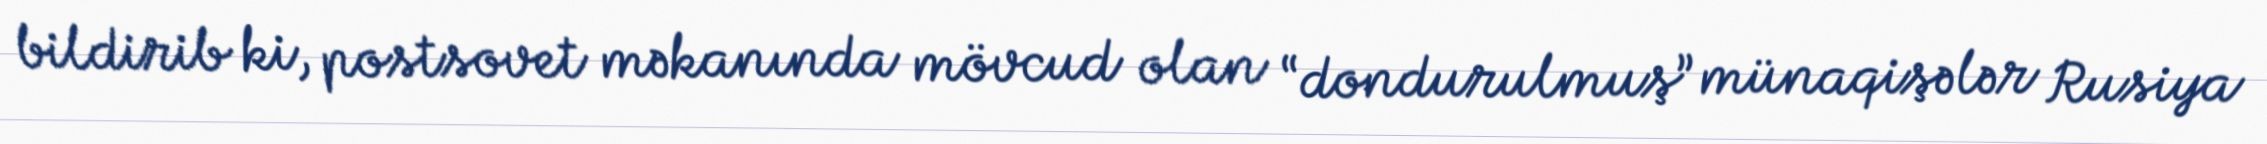
bildirib ki, postsovet məkanında mövcud olan “dondurulmuş” münaqişələr Rusiya